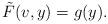
LaTeX: \begin{align*}\tilde{F}(v,y) = g(y).\end{align*}